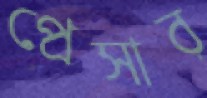
প্রেসার